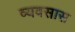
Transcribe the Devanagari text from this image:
व्यवसास